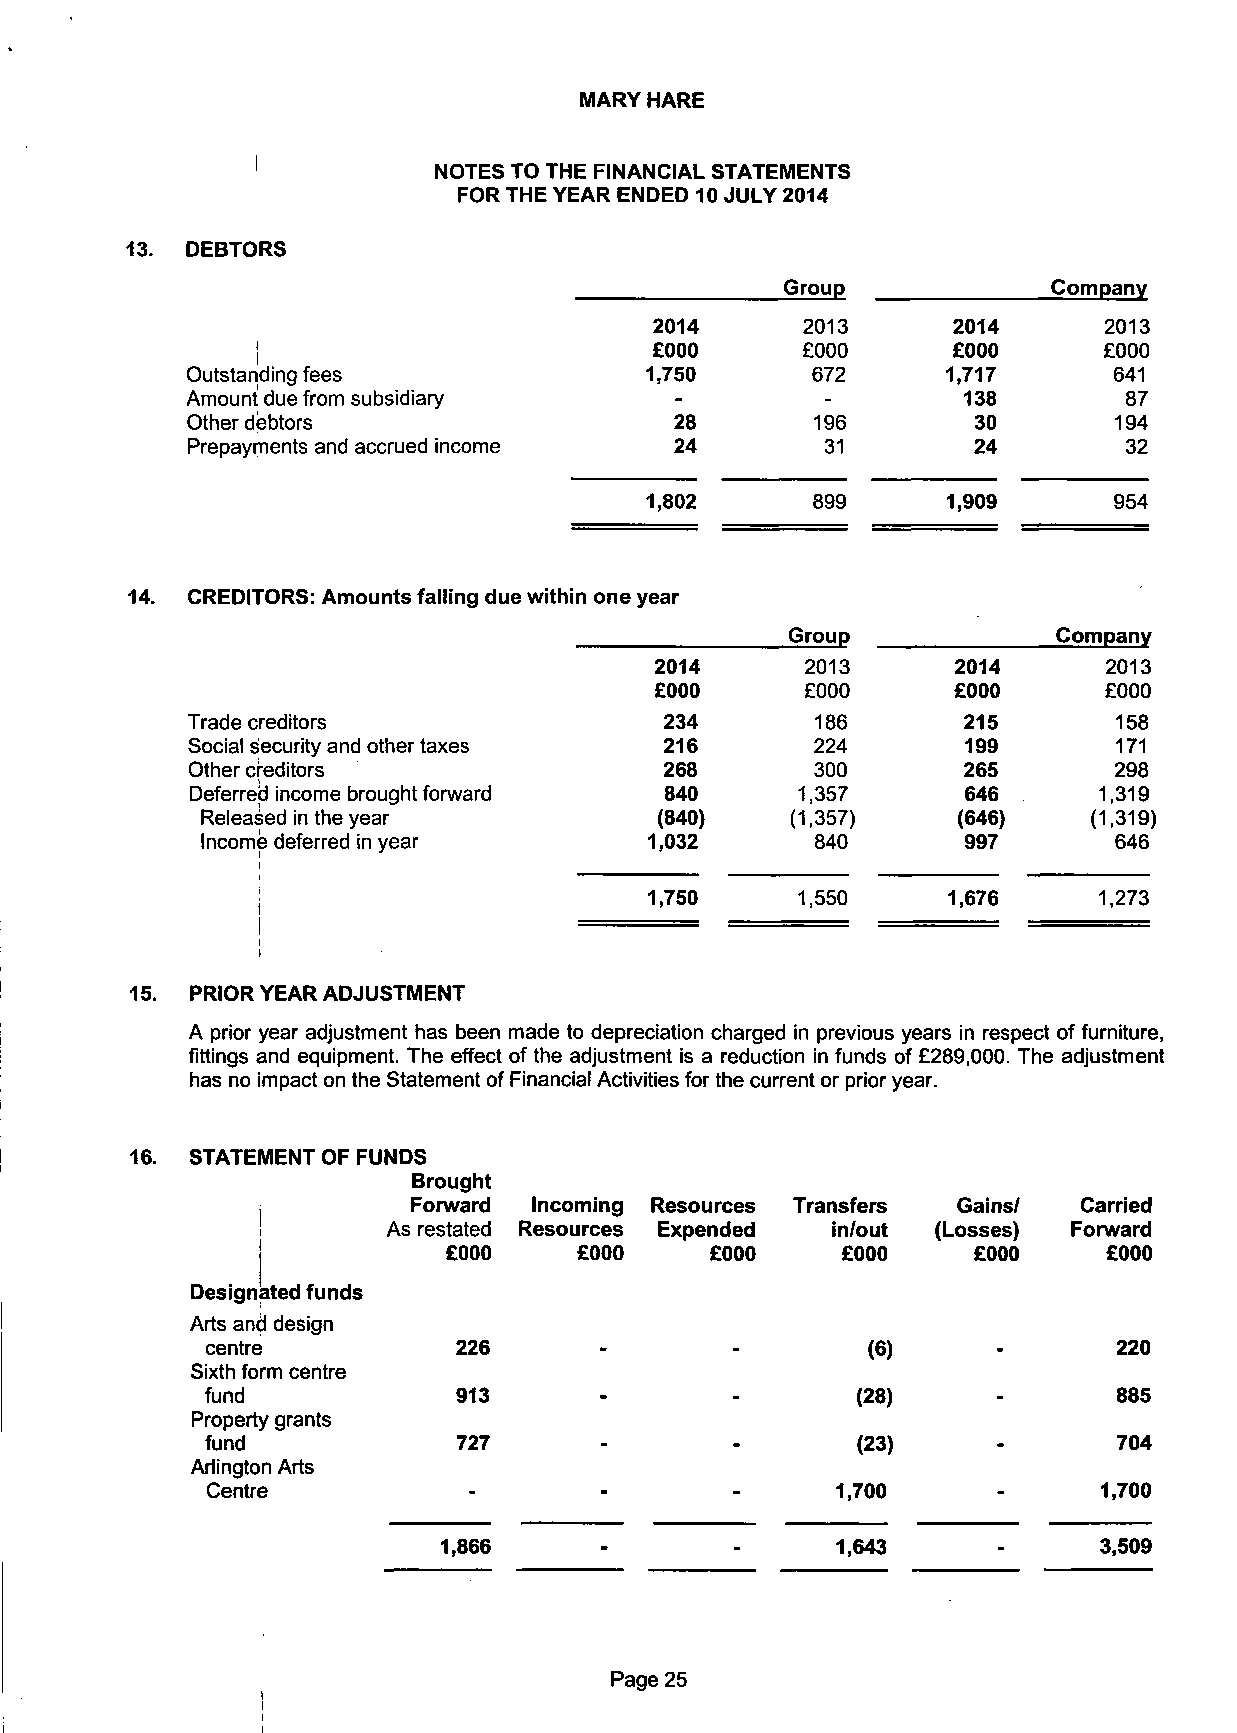
MARY HARE
 NOTES TO THE FINANCIAL STATEMENTS
 FOR THE YEAR ENDED 10 JULY 2014
 13. DEBTORS
 Group             Company
 2014      2013      2014      2013
 I                         £000      £000      £000      £000
 I
 Outstanding fees               1,750      672      1,717      641
 Amount due from subsidiary       -         -        138       87
 Other debtors                    28       196       30        194
 Prepayments and accrued income   24        31       24        32
 1,802      899      1,909      954
 14. CREDITORS: Amounts falling due within one year
 Group             Company
 2014      2013      2014      2013
 £000      £000      £000      £000
 Trade creditors                 234       186       215       158
 Social security and other taxes 216       224       199       171
 Other creditors                 268       300       265       298
 Deferred income brought forward 840     1,357      646      1,319
 Released in the year          (840)    (1,357)    (646)    (1,319)
 Income deferred in year       1,032      840       997       646
 1,750     1,550     1,676     1,273
 i
 i
 15. PRIOR YEAR ADJUSTMENT
 A prior year adjustment has been made to depreciation charged in previous years in respect of furniture,
 fittings and equipment. The effect of the adjustment is a reduction in funds of £289,000. The adjustment
 has no impact on the Statement of Financial Activities for the current or prior year.
 16. STATEMENT OF FUNDS
 Brought
 I         Forward Incoming Resources Transfers Gains/  Carried
 !        As restated Resources Expended in/out (Losses) Forward
 £000    £000     £000     £000    £000     £000
 Designated funds
 Arts and design
 centre          226                        (6)              220
 Sixth form centre
 fund            913                        (28)             885
 Property grants
 fund            727                        (23)             704
 Arlington Arts
 Centre                                   1,700             1,700
 1,866                     1,643             3,509
 Page 25